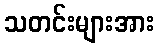
သတင်းများအား